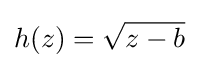
h(z)={\sqrt {z-b}}